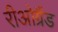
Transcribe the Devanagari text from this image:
रीओग्रैंड